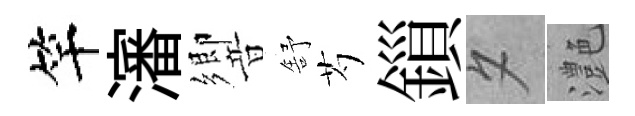
竿瀋響舒芍鎻夕灔